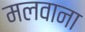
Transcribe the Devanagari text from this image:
मलवाना